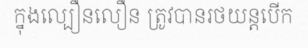
ក្នុងល្បឿនលឿន ត្រូវបានរថយន្តបើក